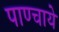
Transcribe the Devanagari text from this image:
पाण्चाये